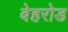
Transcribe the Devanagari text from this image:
बेहरोड